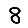
Digit: 8